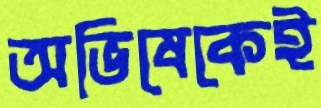
অভিষেকেই